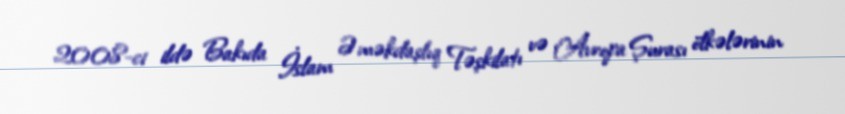
2008-ci ildə Bakıda İslam Əməkdaşlıq Təşkilatı və Avropa Şurası ölkələrinin